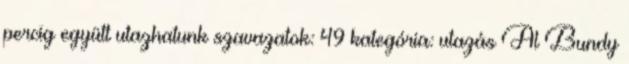
percig együtt utazhatunk szavazatok: 49 kategória: utazás Al Bundy